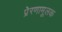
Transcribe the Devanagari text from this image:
प्रेरणामूलक